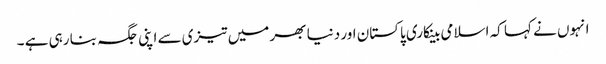
انہوں نے کہا کہ اسلامی بینکاری پاکستان اور دنیا بھر میں تیزی سے اپنی جگہ بنا رہی ہے ۔